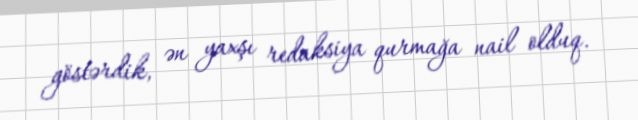
göstərdik, ən yaxşı redaksiya qurmağa nail olduq.